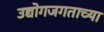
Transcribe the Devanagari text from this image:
उद्योगजगताच्या